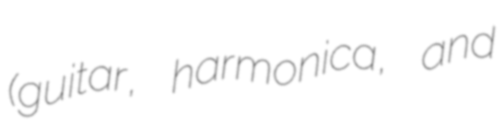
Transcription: (guitar, harmonica, and